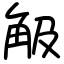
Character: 觙